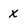
Character: x